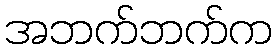
အဘက်ဘက်က